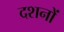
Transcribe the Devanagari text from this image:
दशनों